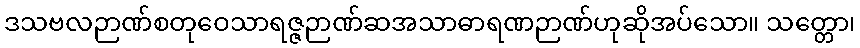
ဒသဗလဉာဏ်စတုဝေသာရဇ္ဇဉာဏ်ဆအသာဓာရဏဉာဏ်ဟုဆိုအပ်သော။ သတ္တော၊